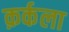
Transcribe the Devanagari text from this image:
क़र्कला